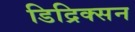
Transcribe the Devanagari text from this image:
डिद्रिक्सन